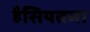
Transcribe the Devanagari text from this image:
हैसियतमा